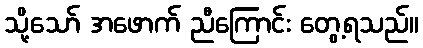
သို့သော် အဖောက် ညီကြောင်း တွေ့ရသည်။